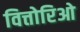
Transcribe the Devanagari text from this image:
वित्तोरिओ